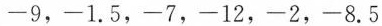
-9，-1.5，-7，-12，-2，-8.5